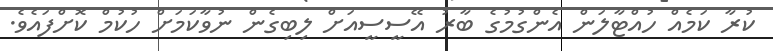
ކުރާ ކަމެއް ހުއްޓާލަން އެންގުމުގެ ބާރު އޭސީސީއަށް ލިބިގެން ނުވާކަމަށް ހުކުމް ކޮށްފައެވެ.